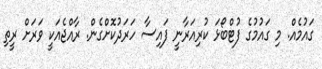
ގައުމެއް. މި ގައުމުގެ ފުޓްބޯޅަ ކުރިއަރާނީ ފައިސާ ހަރަދުކޮށްގެން. ރާއްޖެއަކީ ވަރަށް ރީތި